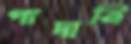
পাদানি